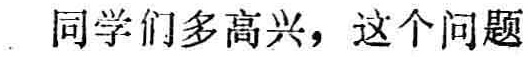
同学们多高兴，这个问题